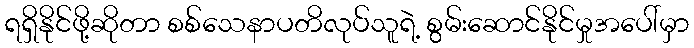
ရရှိနိုင်ဖို့ဆိုတာ စစ်သေနာပတိလုပ်သူရဲ့ စွမ်းဆောင်နိုင်မှုအပေါ်မှာ